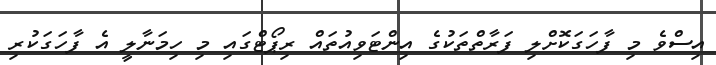
އިސްވެ މި ފާހަގަކޮށްލި ފަރާތްތަކުގެ އިންޓަވިއުތައް ރިޕޯޓްގައި މި ހިމަނާލީ އެ ފާހަގަކުރި